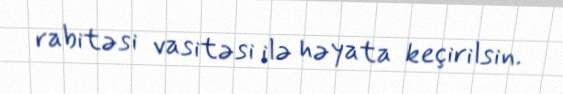
rabitəsi vasitəsi ilə həyata keçirilsin.